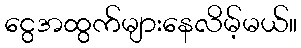
ငွေအထွက်များနေလိမ့်မယ်။